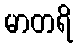
မာတရိ